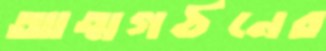
আত্মগঠনের